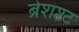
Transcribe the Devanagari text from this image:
ब्रेशश्ट